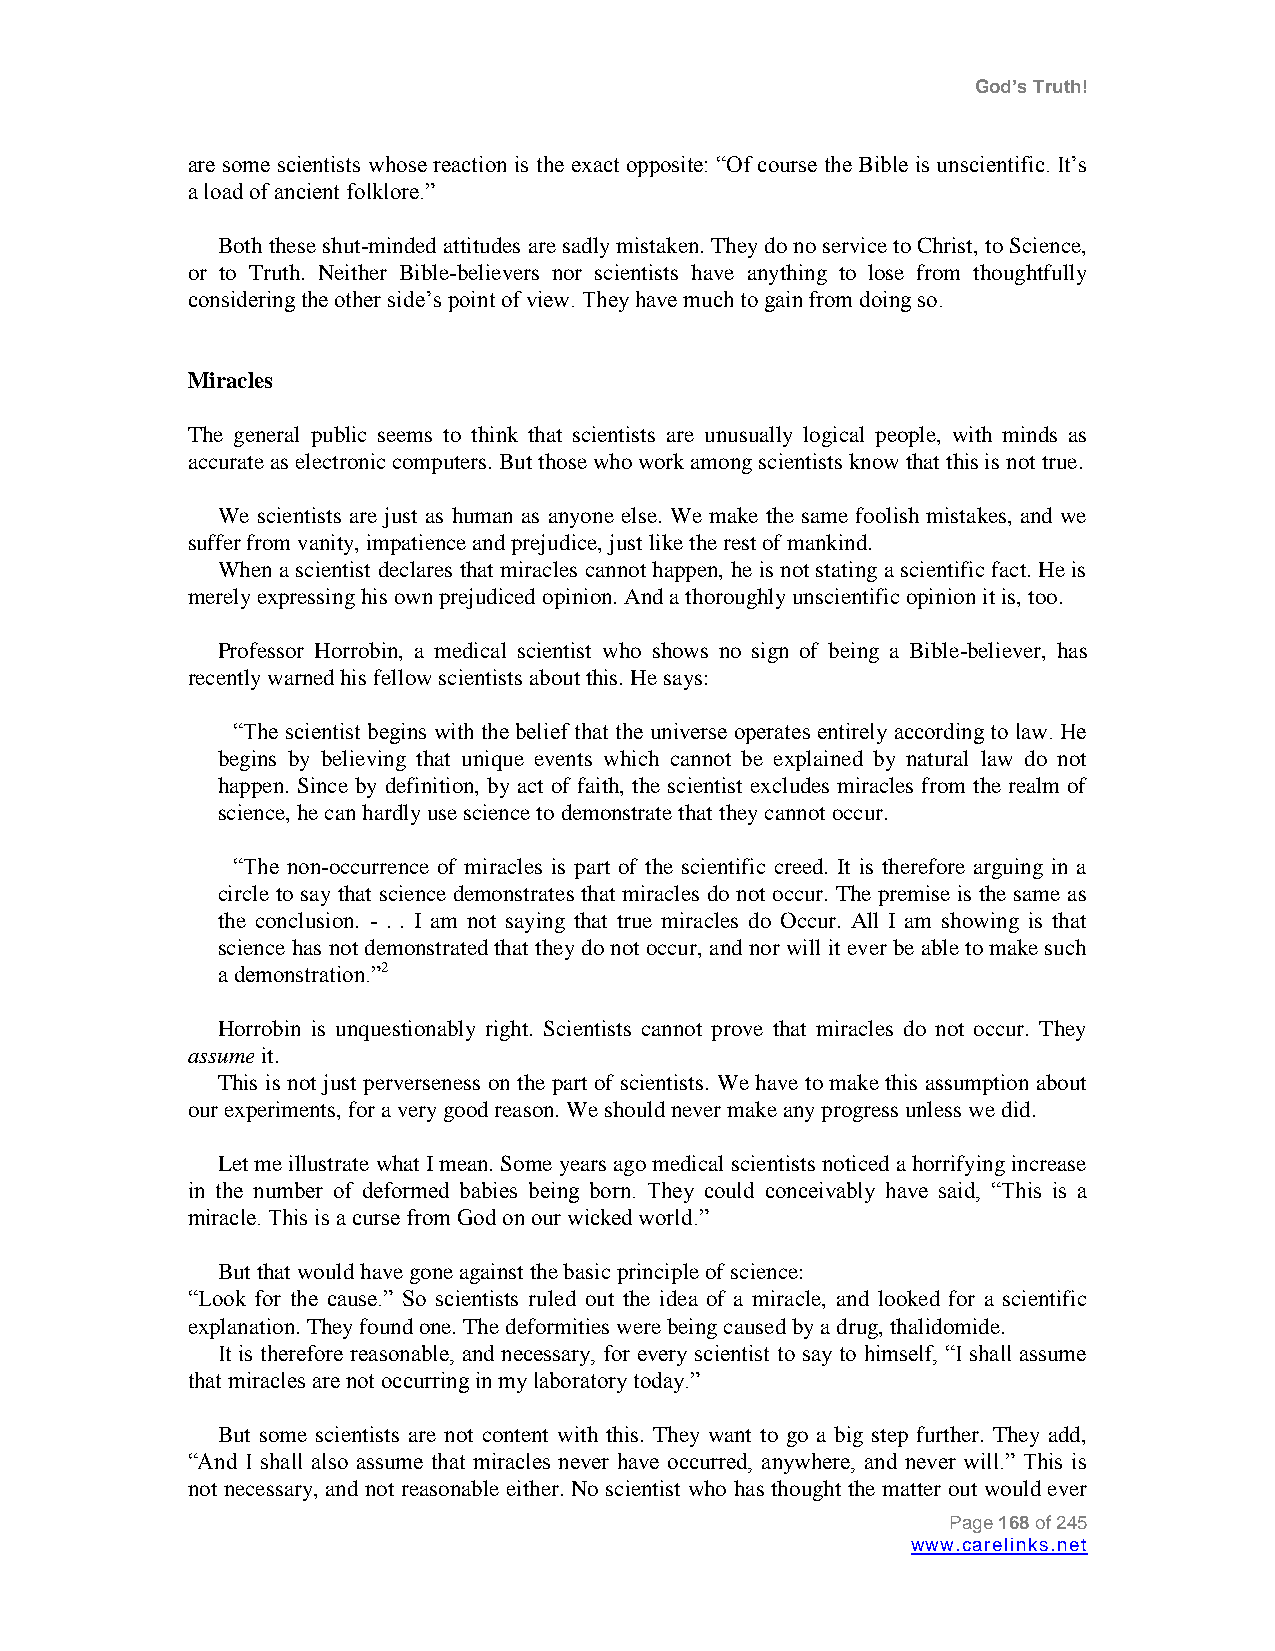
God’s Truth!
 are some scientists whose reaction is the exact opposite: “Of course the Bible is unscientific. It‟s
 a load of ancient folklore.”
 Both these shut-minded attitudes are sadly mistaken. They do no service to Christ, to Science,
 or to Truth. Neither Bible-believers nor scientists have anything to lose from thoughtfully
 considering the other side‟s point of view. They have much to gain from doing so.
 Miracles
 The general public seems to think that scientists are unusually logical people, with minds as
 accurate as electronic computers. But those who work among scientists know that this is not true.
 We scientists are just as human as anyone else. We make the same foolish mistakes, and we
 suffer from vanity, impatience and prejudice, just like the rest of mankind.
 When a scientist declares that miracles cannot happen, he is not stating a scientific fact. He is
 merely expressing his own prejudiced opinion. And a thoroughly unscientific opinion it is, too.
 Professor Horrobin, a medical scientist who shows no sign of being a Bible-believer, has
 recently warned his fellow scientists about this. He says:
 “The scientist begins with the belief that the universe operates entirely according to law. He
 begins by believing that unique events which cannot be explained by natural law do not
 happen. Since by definition, by act of faith, the scientist excludes miracles from the realm of
 science, he can hardly use science to demonstrate that they cannot occur.
 “The non-occurrence of miracles is part of the scientific creed. It is therefore arguing in a
 circle to say that science demonstrates that miracles do not occur. The premise is the same as
 the conclusion. - . . I am not saying that true miracles do Occur. All I am showing is that
 science has not demonstrated that they do not occur, and nor will it ever be able to make such
 a demonstration.”2
 Horrobin is unquestionably right. Scientists cannot prove that miracles do not occur. They
 assume it.
 This is not just perverseness on the part of scientists. We have to make this assumption about
 our experiments, for a very good reason. We should never make any progress unless we did.
 Let me illustrate what I mean. Some years ago medical scientists noticed a horrifying increase
 in the number of deformed babies being born. They could conceivably have said, “This is a
 miracle. This is a curse from God on our wicked world.”
 But that would have gone against the basic principle of science:
 “Look for the cause.” So scientists ruled out the idea of a miracle, and looked for a scientific
 explanation. They found one. The deformities were being caused by a drug, thalidomide.
 It is therefore reasonable, and necessary, for every scientist to say to himself, “I shall assume
 that miracles are not occurring in my laboratory today.”
 But some scientists are not content with this. They want to go a big step further. They add,
 “And I shall also assume that miracles never have occurred, anywhere, and never will.” This is
 not necessary, and not reasonable either. No scientist who has thought the matter out would ever
 Page 168 of 245
 www.carelinks.net